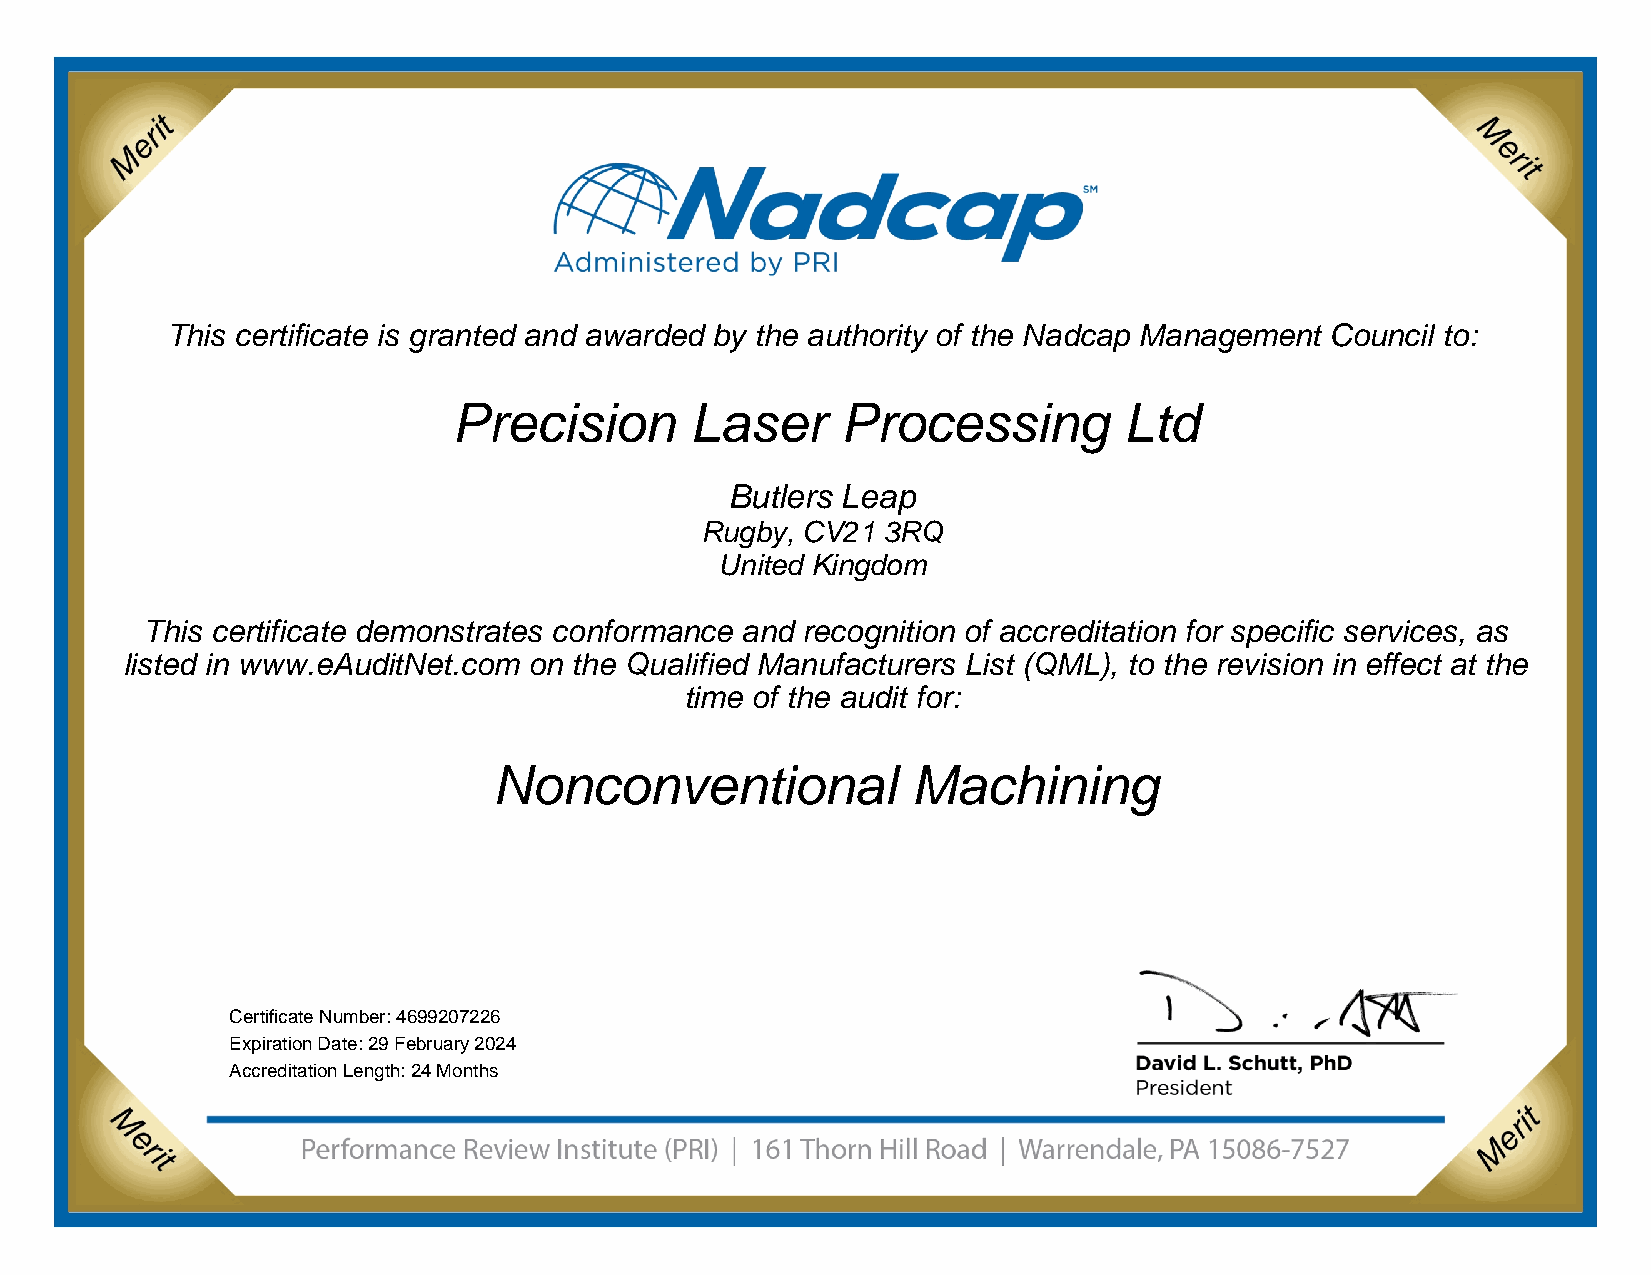
This certificate is granted and awarded by the authority of the Nadcap Management Council to:
 Company           Name       Here
 Address line 1
 Address line 2
 Address line 3
 This certificate demonstrates conformance and recognition of accreditation for specific
 services as listed in www.eAuditNet.com on the Qualified Manufacturers List (QML), to the
 revision in effect at the time of the audit for:
 Process        Name        Here
 Certification Number:
 Expiration Date:
 This certificate is granted and awarded by the authority of the Nadcap Management Council to:
 Precision       Laser     Processing        Ltd
 Butlers Leap
 Rugby, CV21 3RQ
 United Kingdom
 This certificate demonstrates conformance and recognition of accreditation for specific services, as
 listed in www.eAuditNet.com on the Qualified Manufacturers List (QML), to the revision in effect at the
 time of the audit for:
 Nonconventional            Machining
 Certificate Number: 4699207226
 Expiration Date: 29 February 2024
 Accreditation Length: 24 Months